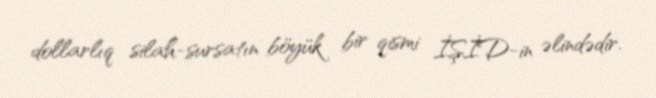
dollarlıq silah-sursatın böyük bir qismi İŞİD-in əlindədir.